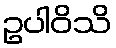
ဥပါဝိသိ